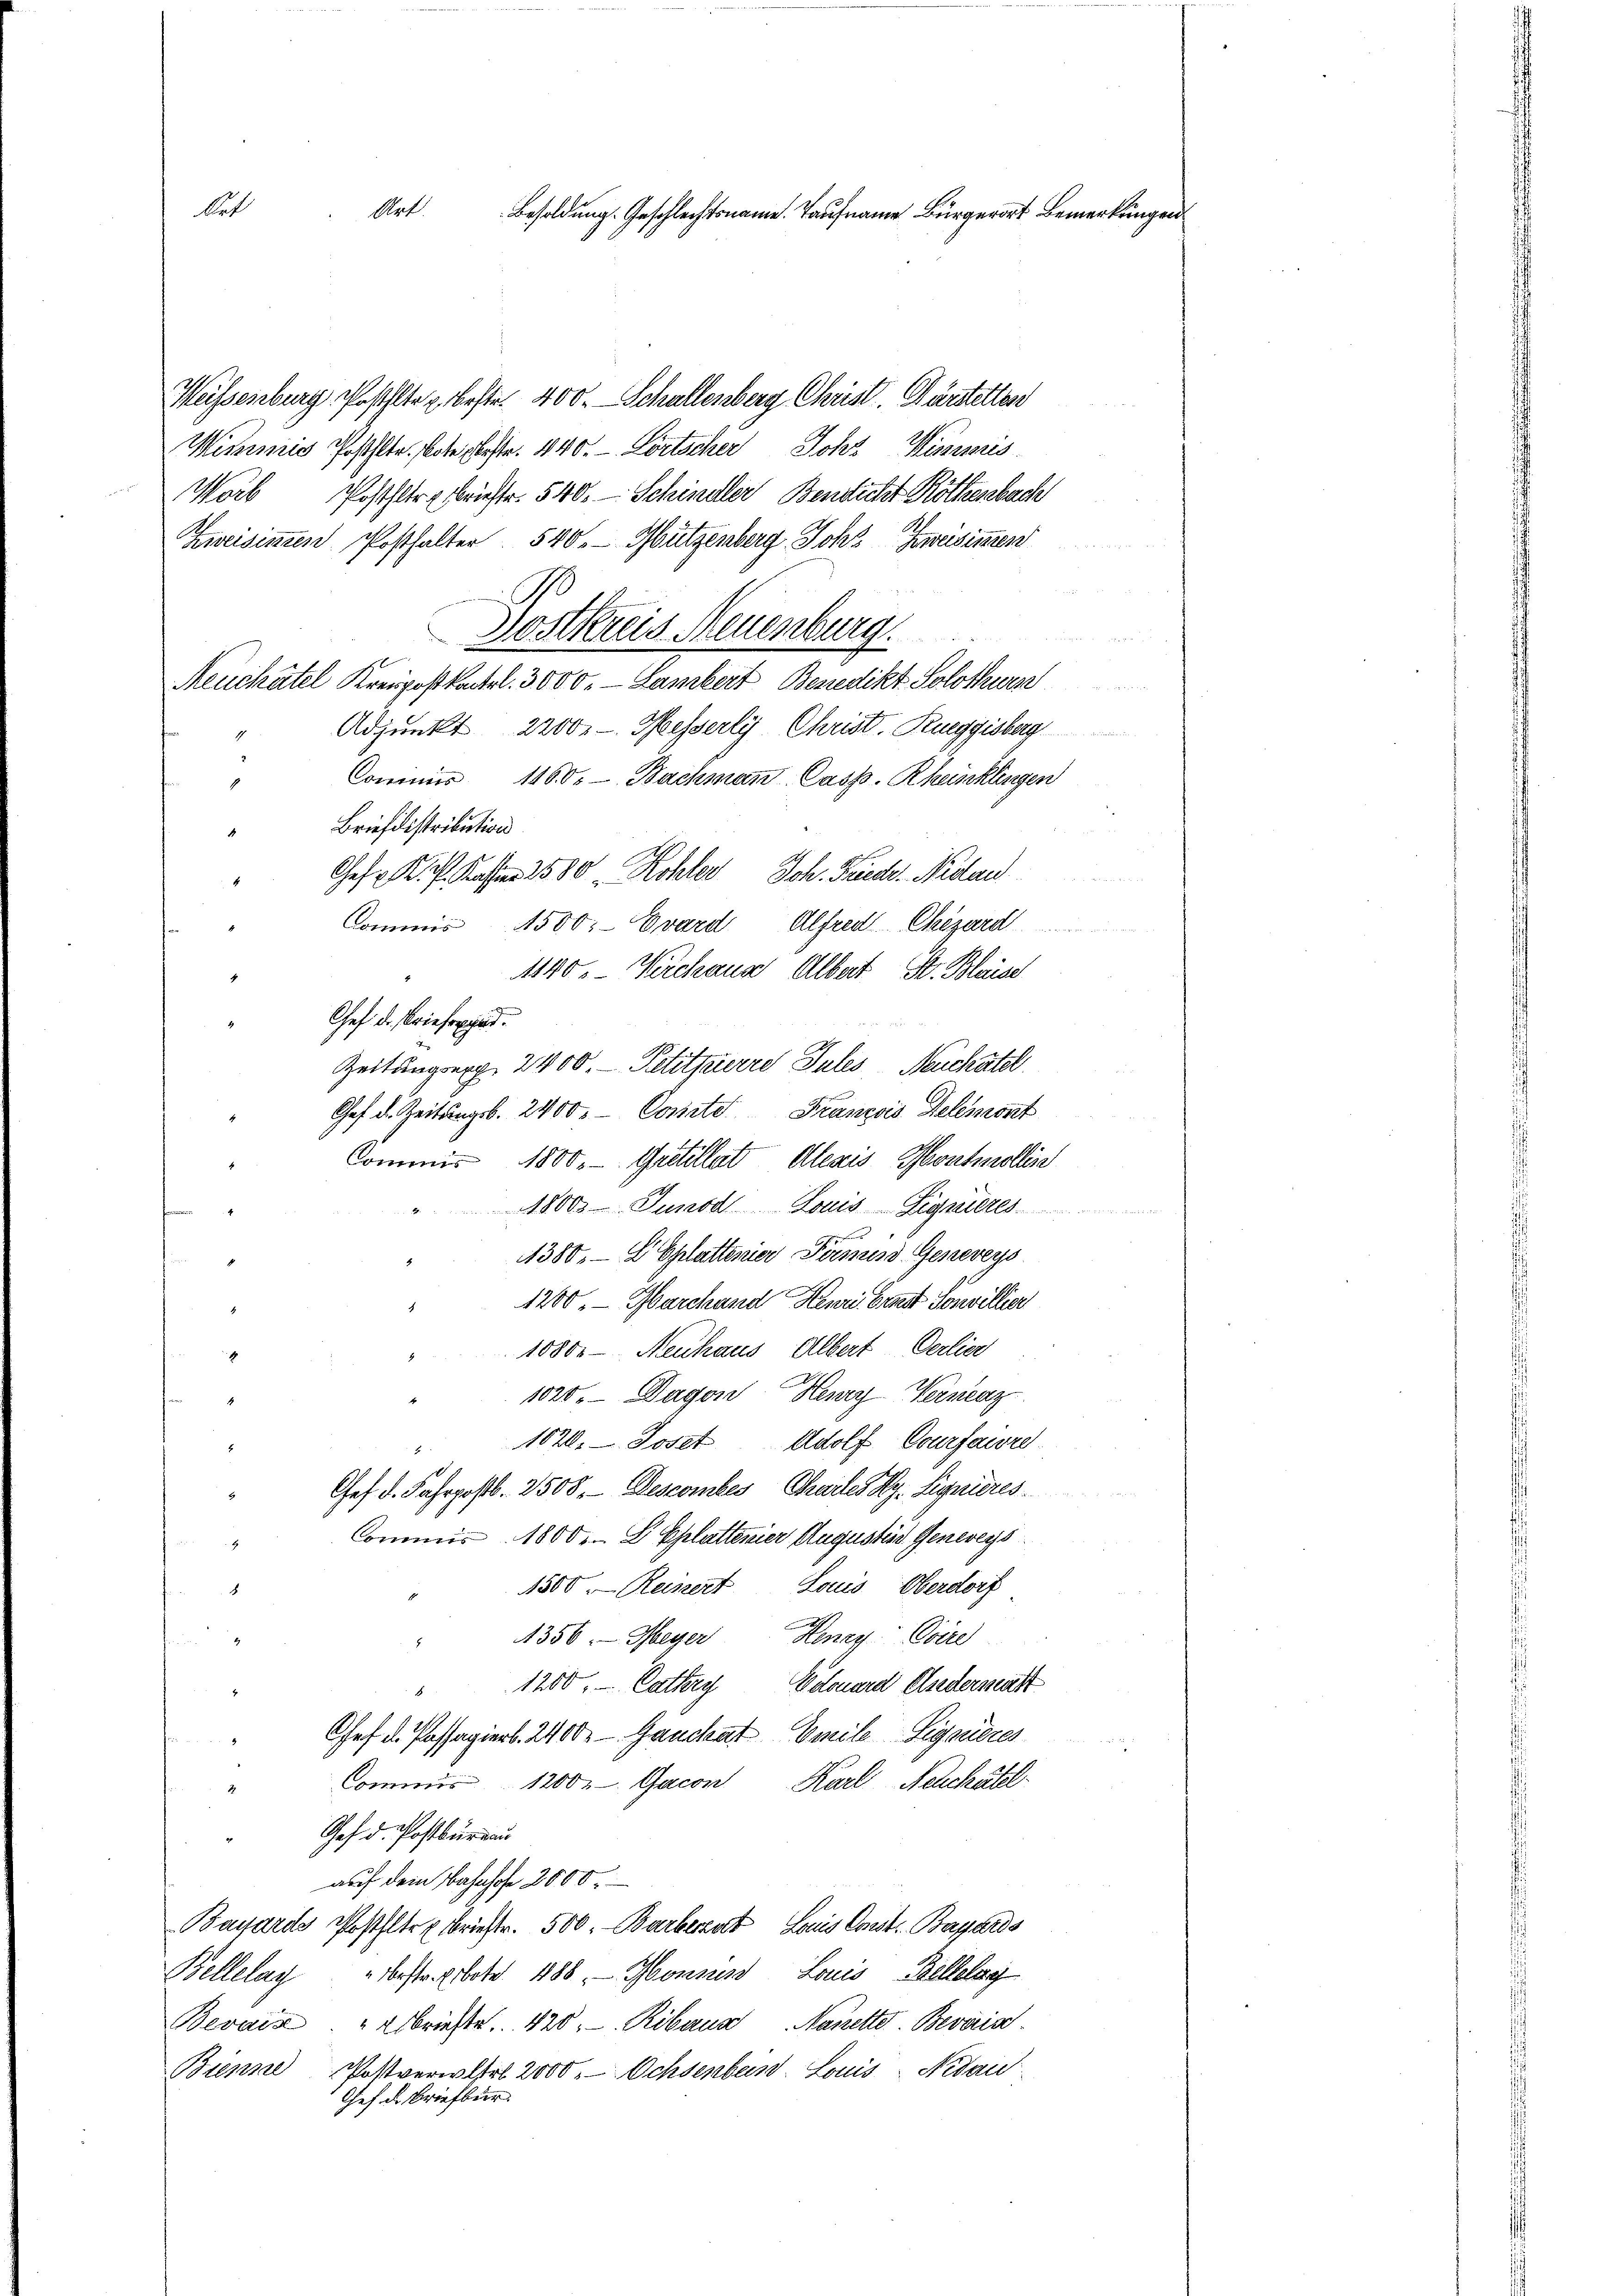
bet

Art. Besoldung. Geschlechtsname. Taufname Bürgerort Bemerkungen

Weissenburg Roßhlte beste. 400. Schallenberg Christ. Wärstellen
Mimmig Posthlte. Note bestr. 440. Lortscher Johz Wimmis
Worb Posthler Meister. 540. — Schindler Bericht Röthenbach
Zeisinen Posthalter 540. Mützenberg Joh. Zweisimmen
Sostkreis Neuenburg
Neuchâtel Kreipostkartel. 3000. Lambert Benedikt Solothurn
Adjunkt 2200. - Messerly Christ, Rueggisberg
Commis 1160. Bachmann Cass. Rheinklingen
Briefdistribution
Ges. K. A. Kasse 2580 Kohler Joh. Frede. Nidau
Alfred Chizard
Commis 1500. Evard
1140. Kirchaus Albert St. Bleise
Chef d. Brieferat.
Zeitungsexp. 2400. Petitpierre Sules Neuchatel
Chef d. Zeitungsb. 2400. - Corirte Franzois Delemont
Commis 1800. Gretillat Alexis Montmollise
18000 Junod Louis-Signieres
4380. — E Eplattener Permiss Genereys
1200. Marchand Henri Ernst Sonvillier
.
1080.— Meuhaus Albert Oerlieg
1
1020 Dagon Henry Wernenz
1820. Joset Adolf Courfawre
Chef d. Fahrpostb. 2508. Descombe Chartes Hy. Signieres
Commis 1800. L. Ehlatterier Augustes Genereys
1500. Reinert Louis Oberdorf
8
1356. Meyer Henry Coire
5
" 1200. Cathes Edouard Gliedermatt
Chef d. Passagiert. 2400 Gauckat Emile Sigoneres
Commis 1200 Gacon Karl Nehchätzl
i
Gef d. Postburgau
auf dem Bahnhofe 2000
Bayards Posthlte Briester. 500. Barbereut, Louis Const. Basards
Bellelag bestr. Prote 188. - Sonnend Louis Bellelog
Bevaia "Abriefe. 420. Ribana Nanette Bevorisc
Bienne Postverwehrl 2000. Ochsenband. Louis-Nidau
Chef d. Briefbur